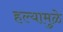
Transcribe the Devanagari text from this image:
हल्यामुळे